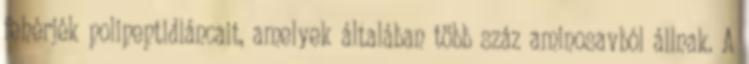
fehérjék polipeptidláncait, amelyek általában több száz aminosavból állnak. A